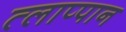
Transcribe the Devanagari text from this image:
त्लाप्पान